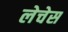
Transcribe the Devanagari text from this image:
लेचेस